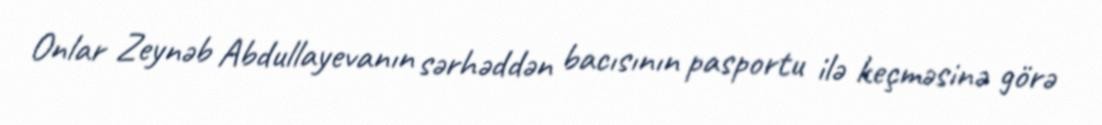
Onlar Zeynəb Abdullayevanın sərhəddən bacısının pasportu ilə keçməsinə görə